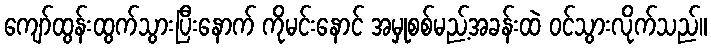
ကျော်ထွန်းထွက်သွားပြီးနောက် ကိုမင်းနောင် အမှုစစ်မည့်အခန်းထဲ ဝင်သွားလိုက်သည်။